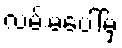
လမ်းမပေါ်မှ